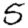
Digit: 5